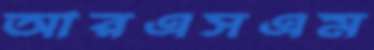
আরএসএম